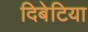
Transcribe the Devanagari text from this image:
दिबेटिया